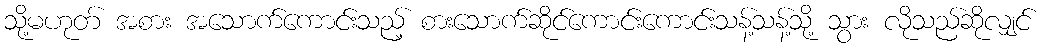
သို့မဟုတ် အစား အသောက်ကောင်းသည့် စားသောက်ဆိုင်ကောင်းကောင်းသန့်သန့်သို့ သွား လိုသည်ဆိုလျှင်